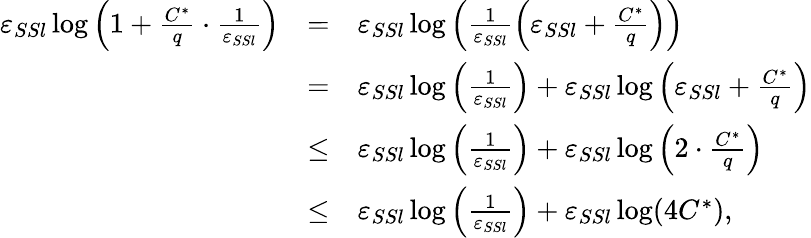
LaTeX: \begin{array}{rcl}{\varepsilon_{SSl}\log\left(1+\frac{C^{*}}{q}\cdot\frac{1}{\varepsilon_{SSl}}\right)}&{=}&{\varepsilon_{SSl}\log\left(\frac{1}{\varepsilon_{SSl}}\left(\varepsilon_{SSl}+\frac{C^{*}}{q}\right)\right)}\\ &{=}&{\varepsilon_{SSl}\log\left(\frac{1}{\varepsilon_{SSl}}\right)+\varepsilon_{SSl}\log\left(\varepsilon_{SSl}+\frac{C^{*}}{q}\right)}\\ &{\leq}&{\varepsilon_{SSl}\log\left(\frac{1}{\varepsilon_{SSl}}\right)+\varepsilon_{SSl}\log\left(2\cdot\frac{C^{*}}{q}\right)}\\ &{\leq}&{\varepsilon_{SSl}\log\left(\frac{1}{\varepsilon_{SSl}}\right)+\varepsilon_{SSl}\log(4C^{*}),}\end{array}